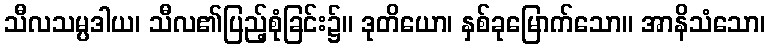
သီလသမ္ပဒါယ၊ သီလ၏ပြည့်စုံခြင်း၌။ ဒုတိယော၊ နှစ်ခုမြောက်သော။ အာနိသံသော၊